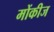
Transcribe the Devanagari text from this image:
मोंकीज